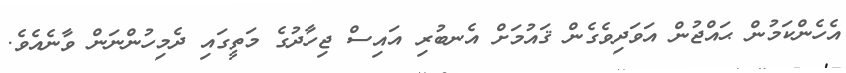
އެހެންކަމުން ޙައްޖުން އަވަދިވެގެން ޤައުމަށް އެނބުރި އައިސް ޖިހާދުގެ މަތީގައި ދެމިހުންނަން ވާނެއެވެ.